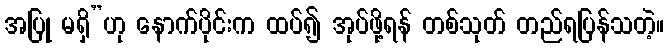
အပြု မရှိ”ဟု နောက်ပိုင်းက ထပ်၍ အုပ်ဖို့ရန် တစ်သုတ် တည်ရပြန်သတဲ့။